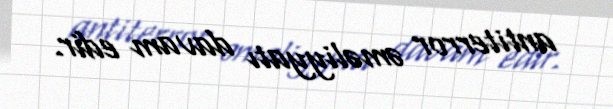
antiterror əməliyyatı davam edir.